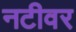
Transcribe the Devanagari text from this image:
नटीवर